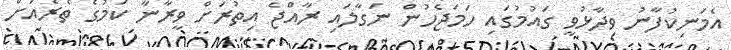
އެމަނިކުފާނު ވިދާޅުވީ ގައުމުގައި ހަމަޖެހުން ނަގާލައި ރާއްޖެ އިތުރަށް ވީރާނާ ކަމުގެ ތެރެއަށް